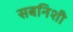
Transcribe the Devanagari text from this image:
सबनिशी